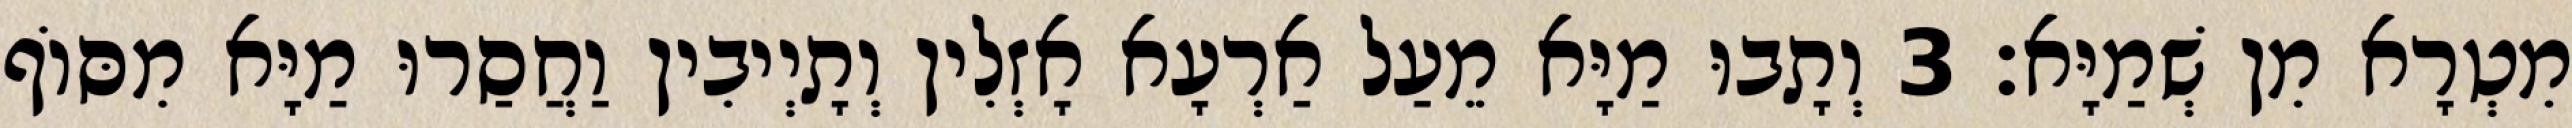
מִטְרָא מִן שְׁמַיָּא׃ 3 וְתָבוּ מַיָּא מֵעַל אַרְעָא אָזְלִין וְתָיְיבִין וַחֲסַרוּ מַיָּא מִסּוֹף